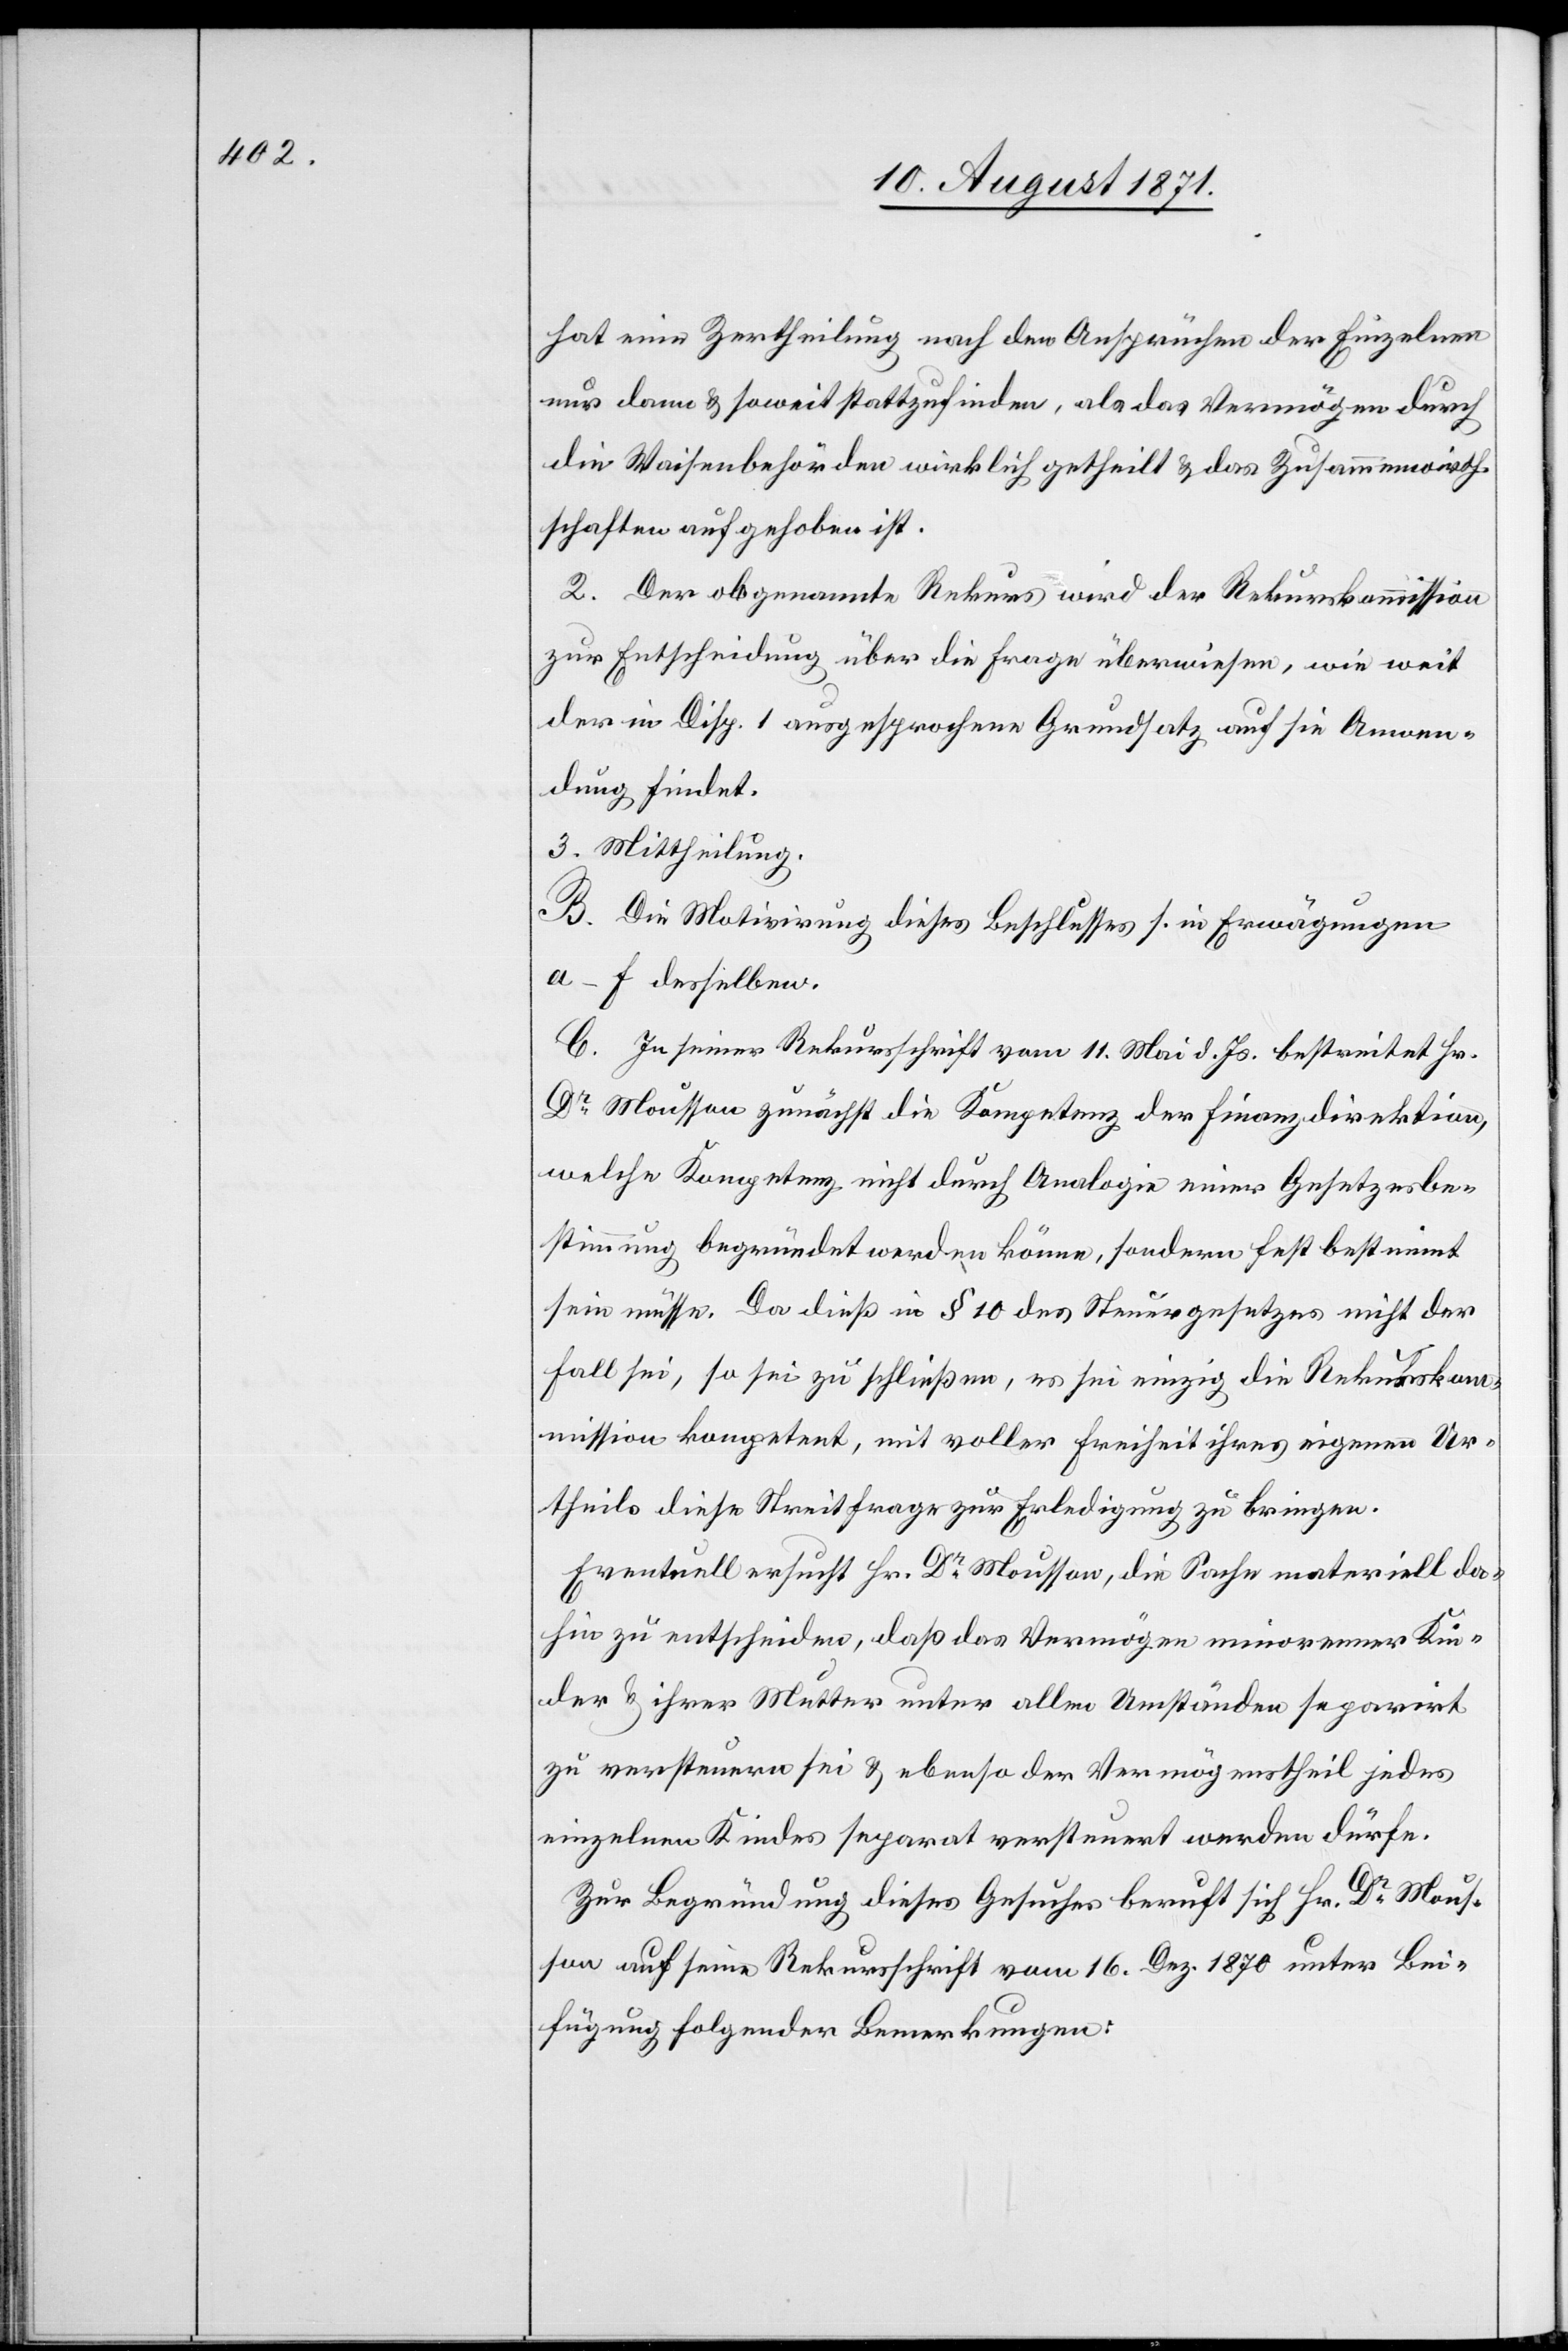
hat eine Zertheilung nach den Ansprüchen der Einzelnen
nur dann & soweit stattzufinden, als das Vermögen durch
die Waisenbehörden wirklich getheilt & das Zusammenwirth¬
schaften aufgehoben ist.
2. Der obgenannte Rekurs wird der Rekurskommission
zur Entscheidung über die Frage überwiesen, wie weit
der in Disp. 1 ausgesprochene Grundsatz auf sie Anwen¬
dung findet.
3. Mittheilung.
B. Die Motivirung dieses Beschlusses s. in Erwägungen
a–f derselben.
C. Zu seiner Rekursschrift vom 11. Mai d. Js. bestreitet Hr.
Dr Mousson zunächst die Kompetenz der Finanzdirektion,
welche Kompetenz nicht durch Analogie einer Gesetzesbe¬
stimmung begründet werden könne, sondern fest bestimmt
sein müsse. Da dieß in § 10 des Hausgesetzes nicht der
Fall sei, so sei zu schließen, es sei einzig die Rekursko¬
mmission kompetent, mit voller Freiheit ihres eigenen An¬
theils diese Streitfrage zur Erledigung zu bringen.
Eventuell ersucht Hr. Dr Mousson, die Sache materiell da¬
hin zu entscheiden, daß das Vermögen minorenner Kin¬
der & ihrer Mütter unter allen Umständen so geschwind
zu versteuern sei & ebenso der Vermögenstheil jedes
einzelnen Kindes separat versteuert werden dürfe.
Zur Begründung dieses Gesuches beruft sich Hr. Dr Mous¬
son auf seine Rekursschrift vom 16. Dez. 1870 unter Bei¬
fügung folgender Bemerkungen: